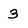
Character: 3